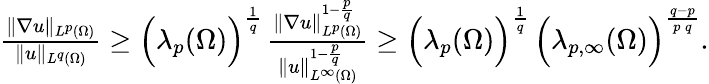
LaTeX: \begin{array}{r}{\frac{\| \nabla u\| _{L^{p}(\Omega)}}{\| u\| _{L^{q}(\Omega)}}\ge\Big(\lambda_{p}(\Omega)\Big)^{\frac{1}{q}}\, \frac{\| \nabla u\| _{L^{p}(\Omega)}^{1-\frac{p}{q}}}{\| u\| _{L^{\infty}(\Omega)}^{1-\frac{p}{q}}}\ge\Big(\lambda_{p}(\Omega)\Big)^{\frac{1}{q}}\, \Big(\lambda_{p,\infty}(\Omega)\Big)^{\frac{q-p}{p\, q}}.}\end{array}